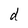
Character: d